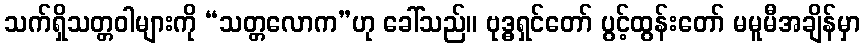
သက်ရှိသတ္တဝါများကို “သတ္တလောက”ဟု ခေါ်သည်။ ဗုဒ္ဓရှင်တော် ပွင့်ထွန်းတော် မမူမီအချိန်မှာ